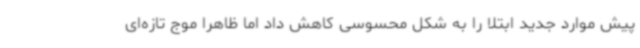
پیش موارد جدید ابتلا را به شکل محسوسی کاهش داد اما ظاهرا موج تازه‌ای